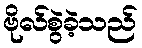
ဗိုလ်စွဲခဲ့သည်